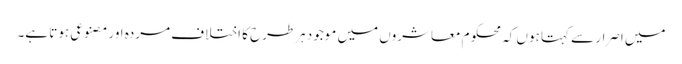
میں اصرار سے کہتا ہوں کہ محکوم معاشروں میں موجود ہرطرح کا اختلاف مردہ اور مصنوعی ہوتا ہے۔